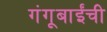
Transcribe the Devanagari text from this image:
गंगूबाईंची